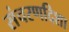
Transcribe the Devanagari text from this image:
संचरणदिशा